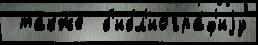
 та́кже  б'ибл'иогра́ф'иjу